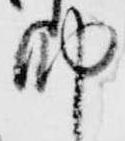
納